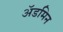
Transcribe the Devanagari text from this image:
ॲडमिन